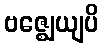
ဗဇ္ဈေယျပိ